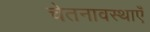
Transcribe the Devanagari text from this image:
चेतनावस्थाएँ